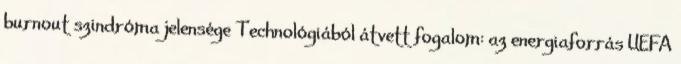
burnout szindróma jelensége Technológiából átvett fogalom: az energiaforrás UEFA